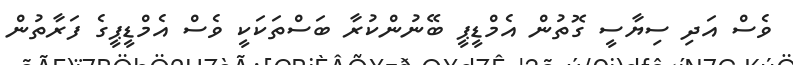
ވެސް އަދި ސިޔާސީ ގޮތުން އެމްޑީޕީ ބޭނުންކުރާ ބަސްތަކަކީ ވެސް އެމްޑީޕީގެ ފަރާތުން